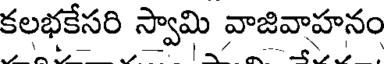
కలభకేసరి స్వామి వాజివాహనం